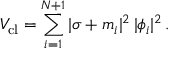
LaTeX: V _ { \mathrm { c l } } = \sum _ { i = 1 } ^ { N + 1 } | \sigma + m _ { i } | ^ { 2 } \, | \phi _ { i } | ^ { 2 } \, .